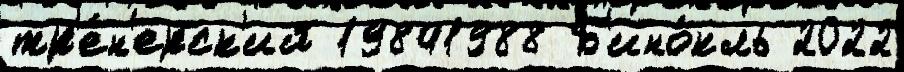
тр'е́н'ерск'ий 19841988 Б'ино́кль 2022